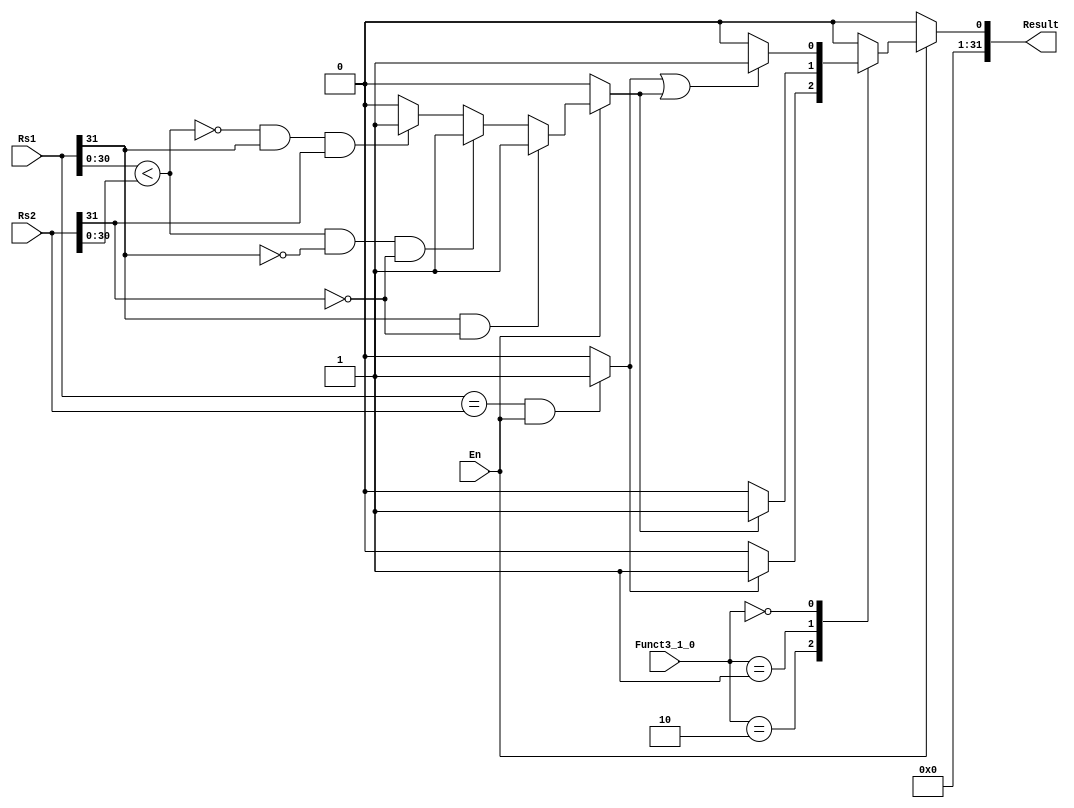
module F_CMP #(
	parameter FLEN = 32
)
(
	input  wire            En,
	input  wire [FLEN-1:0] Rs1,
	input  wire [FLEN-1:0] Rs2,
	input  wire [1:0]	   Funct3_1_0,
	output reg  [FLEN-1:0] Result
);

localparam FEQ = 2'b10;
localparam FLT = 2'b01;
localparam FLE = 2'b00;

wire        sign_rs1;
wire        sign_rs2;
wire [7:0]  exp_rs1;
wire [7:0]  exp_rs2;
wire [22:0] mantisa_rs1;
wire [22:0] mantisa_rs2;

wire        eq_flag;
reg         less_flag;

assign {sign_rs1,exp_rs1,mantisa_rs1} = Rs1;
assign {sign_rs2,exp_rs2,mantisa_rs2} = Rs2;

assign eq_flag = ((Rs1 == Rs2) && En)? 1'b1:1'b0;

always @(*) begin
	
	Result = 'b0;
	if (En) begin
		case (Funct3_1_0)
			FEQ: begin
			 	Result[0] = (eq_flag)? 1'b1:1'b0;
		 	end 
			FLT: begin
				Result[0] = (less_flag)? 1'b1:1'b0;
			end
			FLE: begin
				Result[0] = (eq_flag || less_flag)? 1'b1:1'b0;
			end
			default: Result = 'b0;
		endcase
	end
	else begin
		Result = 'b0;
	end
end

always @(*) begin
	if (En) begin
		if ((sign_rs1 && !sign_rs2)) begin
				less_flag = 1'b1;
			end
			else if (({exp_rs1,mantisa_rs1} < {exp_rs2,mantisa_rs2}) && !sign_rs1 && !sign_rs2) begin
				less_flag = 1'b1;
			end
			else if (!({exp_rs1,mantisa_rs1} < {exp_rs2,mantisa_rs2}) && sign_rs1 && sign_rs2) begin
				less_flag = 1'b1;
			end
			else begin
				less_flag = 1'b0;
			end
	end
	else begin
		less_flag = 1'b0;
	end
end

endmodule